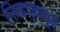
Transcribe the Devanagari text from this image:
निवडणुकांपूर्वी